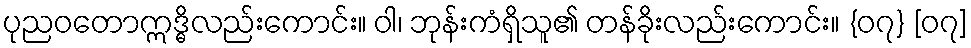
ပုညဝတောဣဒ္ဓိလည်းကောင်း။ ဝါ၊ ဘုန်းကံရှိသူ၏ တန်ခိုးလည်းကောင်း။ {၀၇} [၀၇]